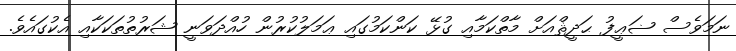
ނަމަވެސް ޟަޢީފު ޙަދީޘްއަށް މާތްކަމާއި ގުޅޭ ކަންކަމުގައި ޢަމަލުކުރުން ހުއްދަވަނީ ޝަރުތުތަކަކާއި އެކުގައެވެ.